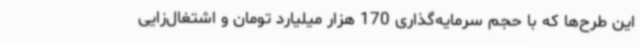
این طرح‌ها که با حجم سرمایه‌گذاری 170 هزار میلیارد تومان و اشتغال‌زایی